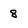
Character: 8